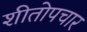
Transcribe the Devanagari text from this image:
शीतोपचार